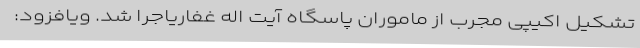
تشکیل اکیپی مجرب از ماموران پاسگاه آیت اله غفاریاجرا شد. ویافزود: